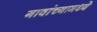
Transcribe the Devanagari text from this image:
गावांच्यामध्ये